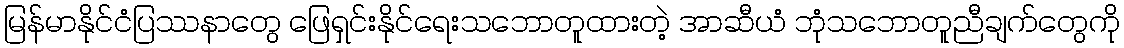
မြန်မာနိုင်ငံပြဿနာတွေ ဖြေရှင်းနိုင်ရေးသဘောတူထားတဲ့ အာဆီယံ ဘုံသဘောတူညီချက်တွေကို